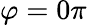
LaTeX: \varphi=0\pi